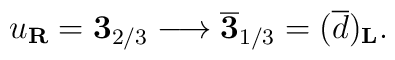
u_{\bf R}={\bf 3}_{2/3} \longrightarrow  \overline {\bf 3}_{1/3}=(\overline d)_{\bf L}.